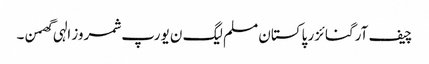
چیف آرگنائزر پاکستان مسلم لیگ ن یورپ شمروز الہی گھمن ۔